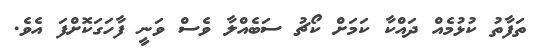
ތަފާތު ކުޅުމެއް ދައްކާ ކަމަށް ކޯޗު ސަބެއްލާ ވެސް ވަނީ ފާހަގަކޮށްފަ އެވެ.